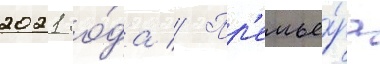
2021 го́да // Пр'емье́ра